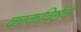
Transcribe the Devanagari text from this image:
काकविष्ठेचे